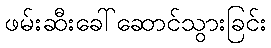
ဖမ်းဆီးခေါ်ဆောင်သွားခြင်း